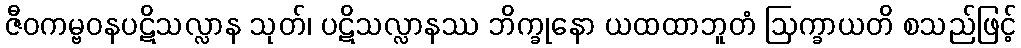
ဇီဝကမ္ဗဝနပဋိသလ္လာန သုတ်၊ ပဋိသလ္လာနဿ ဘိက္ခုနော ယထထာဘူတံ ဩက္ခာယတိ စသည်ဖြင့်